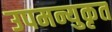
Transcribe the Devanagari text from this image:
उपमन्युकृत